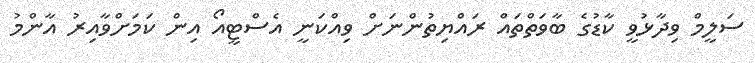
ސަލީމް ވިދާޅުވީ ކާޑުގެ ބާވަތްތައް ރައްޔިތުންނަށް ވިއްކަނީ އެސްޓީއޯ އިން ކަމަށްވާއިރު އާންމު